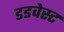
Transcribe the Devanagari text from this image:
डडवेस्ट